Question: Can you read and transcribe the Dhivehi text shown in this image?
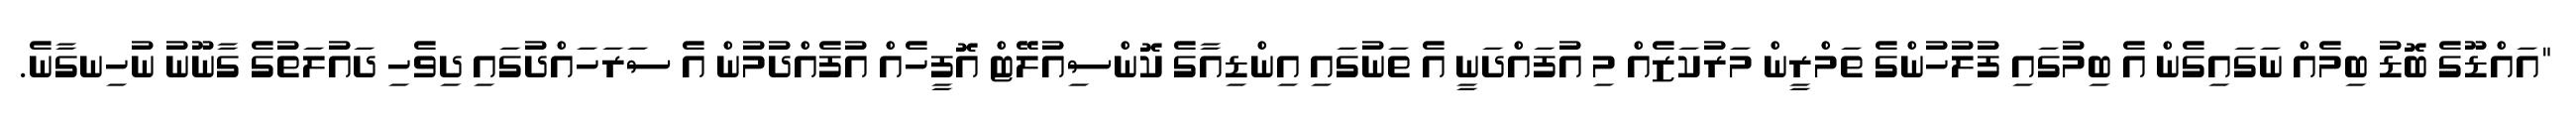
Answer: "އައްޑޫގެ ބޮޑު ބިމެއް ނަގައިގެން އެ ބިމުގައި ފުލުހުންގެ ތަމްރީން މަރުކަޒެއް މި އުފައްދަނީ އެ ތަނުގައި އިންޑިއާގެ ކޮންސިއުލޭޓް އޮފީހެއް އުފެއްދުމުން އެ ސަރަހައްދުގައި ދިވެހި ދައުލަތުގެ ގާނޫނު ނުހިނގާނެ.